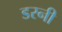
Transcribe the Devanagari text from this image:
डरनी